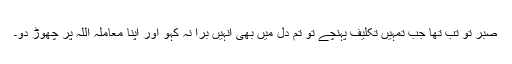
صبر تو تب تھا جب تمہیں تکلیف پہنچے تو تم دل میں بھی انہیں برا نہ کہو اور اپنا معاملہ اللہ پر چھوڑ دو۔